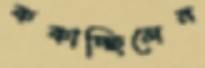
ককাচ্ছিলেন